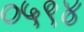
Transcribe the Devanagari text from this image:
०५९४